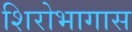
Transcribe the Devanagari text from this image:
शिरोभागास